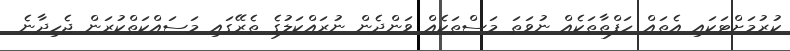
ކުރުމަށްޓަކައި އެތައް ހަފްތާތަކެއް ނުވަތަ މަސްތަކެއް ވަންދެން ނުރައްކަލުގެ ތެރޭގައި މަސައްކަތްކުރަން ޖެހިދާނެ